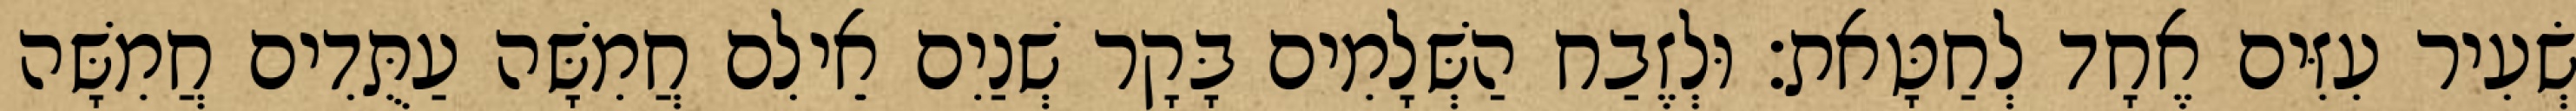
שְׂעִיר עִזִּים אֶחָד לְחַטָּאת׃ וּלְזֶבַח הַשְּׁלָמִים בָּקָר שְׁנַיִם אֵילִם חֲמִשָּׁה עַתֻּדִים חֲמִשָּׁה